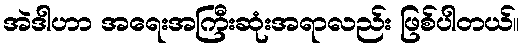
အဲဒါဟာ အရေးအကြီးဆုံးအရာလည်း ဖြစ်ပါတယ်။